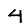
Digit: 4